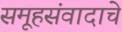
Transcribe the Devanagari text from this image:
समूहसंवादाचे